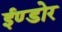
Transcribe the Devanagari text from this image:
ईण्डोर